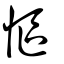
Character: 慪